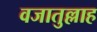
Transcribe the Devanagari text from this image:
वजातुल्लाह